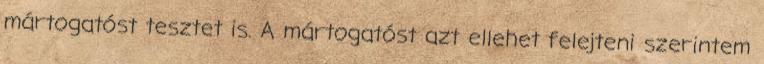
mártogatóst tesztet is. A mártogatóst azt ellehet felejteni szerintem